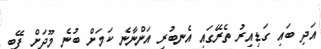
އަދި ބައި ގަޑިއިރު ތެރޭގައި އެނބުރި އަންނާނެ ކަމަށް ބުނެ މޫދަށް ފޭބި